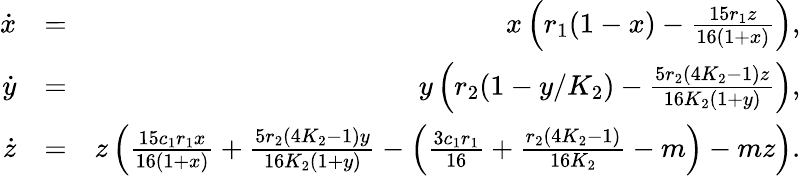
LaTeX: \begin{array}{rlr}{\dot{x}}&{=}&{x\left(r_{1}(1-x)-\frac{15r_{1}z}{16(1+x)}\right),}\\ {\dot{y}}&{=}&{y\left(r_{2}(1-y/K_{2})-\frac{5r_{2}(4K_{2}-1)z}{16K_{2}(1+y)}\right),}\\ {\dot{z}}&{=}&{z\left(\frac{15c_{1}r_{1}x}{16(1+x)}+\frac{5r_{2}(4K_{2}-1)y}{16K_{2}(1+y)}-\left(\frac{3c_{1}r_{1}}{16}+\frac{r_{2}(4K_{2}-1)}{16K_{2}}-m\right)-mz\right).}\end{array}